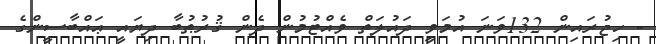
- ހިޖުރައިން 132ވަނަ އުމަވީ ދައުލަތް ވެއްޓުމުން ދެން ޤުރުޠުބާ ދިޔައީ ޢައްބާސީންގެ